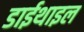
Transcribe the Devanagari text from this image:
डाईथाइल